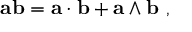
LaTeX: \mathbf { a b } = \mathbf { a \cdot b } + \mathbf { a \wedge b } \ ,